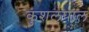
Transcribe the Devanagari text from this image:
कुशलपाल